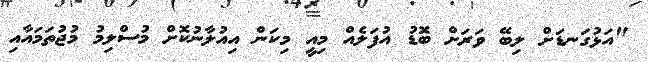
"އަޅުގަނޑަށް ލިބޭ ވަރަށް ބޮޑު އުފަލެއް މިއީ މިކަން އިއުލާނުކޮށް މުސްލިމު މުޖުތަމައާއި